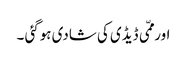
اور ممّی ڈیڈی کی شادی ہوگئی ۔